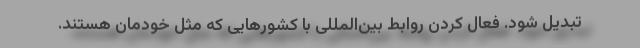
تبدیل شود. فعال کردن روابط بین‌المللی با کشورهایی که مثل خودمان هستند.